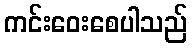
ကင်းဝေးစေပါသည်